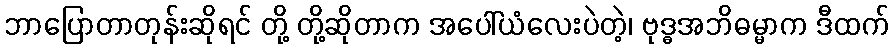
ဘာပြောတာတုန်းဆိုရင် တို့ တို့ဆိုတာက အပေါ်ယံလေးပဲတဲ့၊ ဗုဒ္ဓအဘိဓမ္မာက ဒီထက်